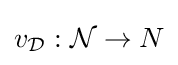
v_{\mathcal {D}}:{\mathcal {N}}\rightarrow N